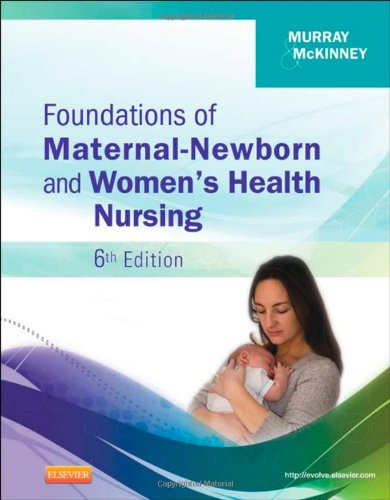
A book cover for Foundations of Maternal-Newborn and Women's Health Nursing, 6e; Sharon Smith Murray MSN  RN  C; Parenting & Relationships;